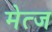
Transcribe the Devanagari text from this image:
मेत्ज